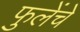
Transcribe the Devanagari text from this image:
फुलेंचे